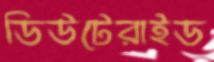
ডিউটেরাইড